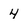
Character: 4